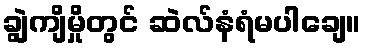
ချွဲကျိမှိုတွင် ဆဲလ်နံရံမပါချေ။